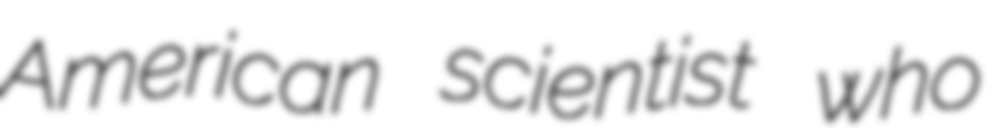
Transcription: American scientist who